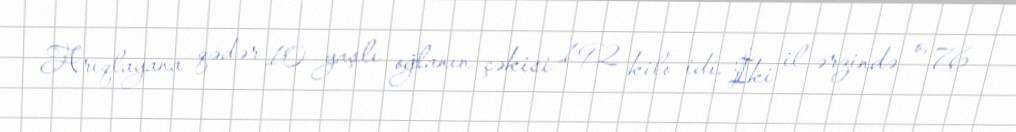
Arıqlayana qədər 10 yaşlı oğlanın çəkisi 192 kilo idi. İki il ərzində o, 76